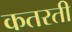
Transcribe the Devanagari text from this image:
कतरती